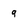
Character: q